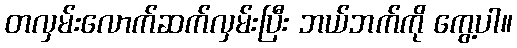
တလှမ်းလောက်ဆက်လှမ်းပြီး ဘယ်ဘက်ကို ကွေ့ပါ။